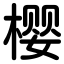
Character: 樱